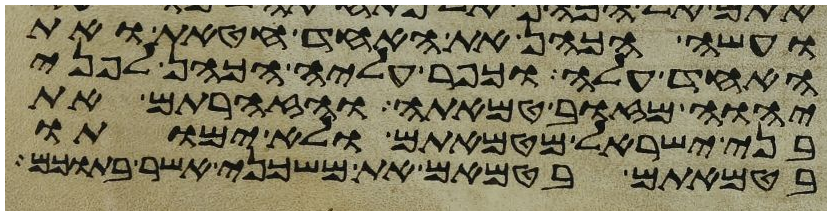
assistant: ועשה הכהן את האחד חטאת ואת
האחד עלה וכפר עליה הכהן לפני
יהוה מזוב טמאתה והזהרתם את
בני ישראל מטמאתם ולא ימותו
בטמאתם בטמאם את משכני אשר בתוכם